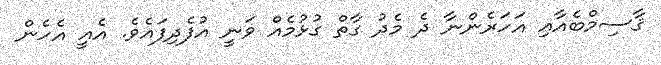
ޤާސިމްބެއާއި އަހަރެންނާ ދެ މެދު ގާތް ގުޅުމެއް ވަނީ އުފެދިފައެވެ. އެއީ އެހެން